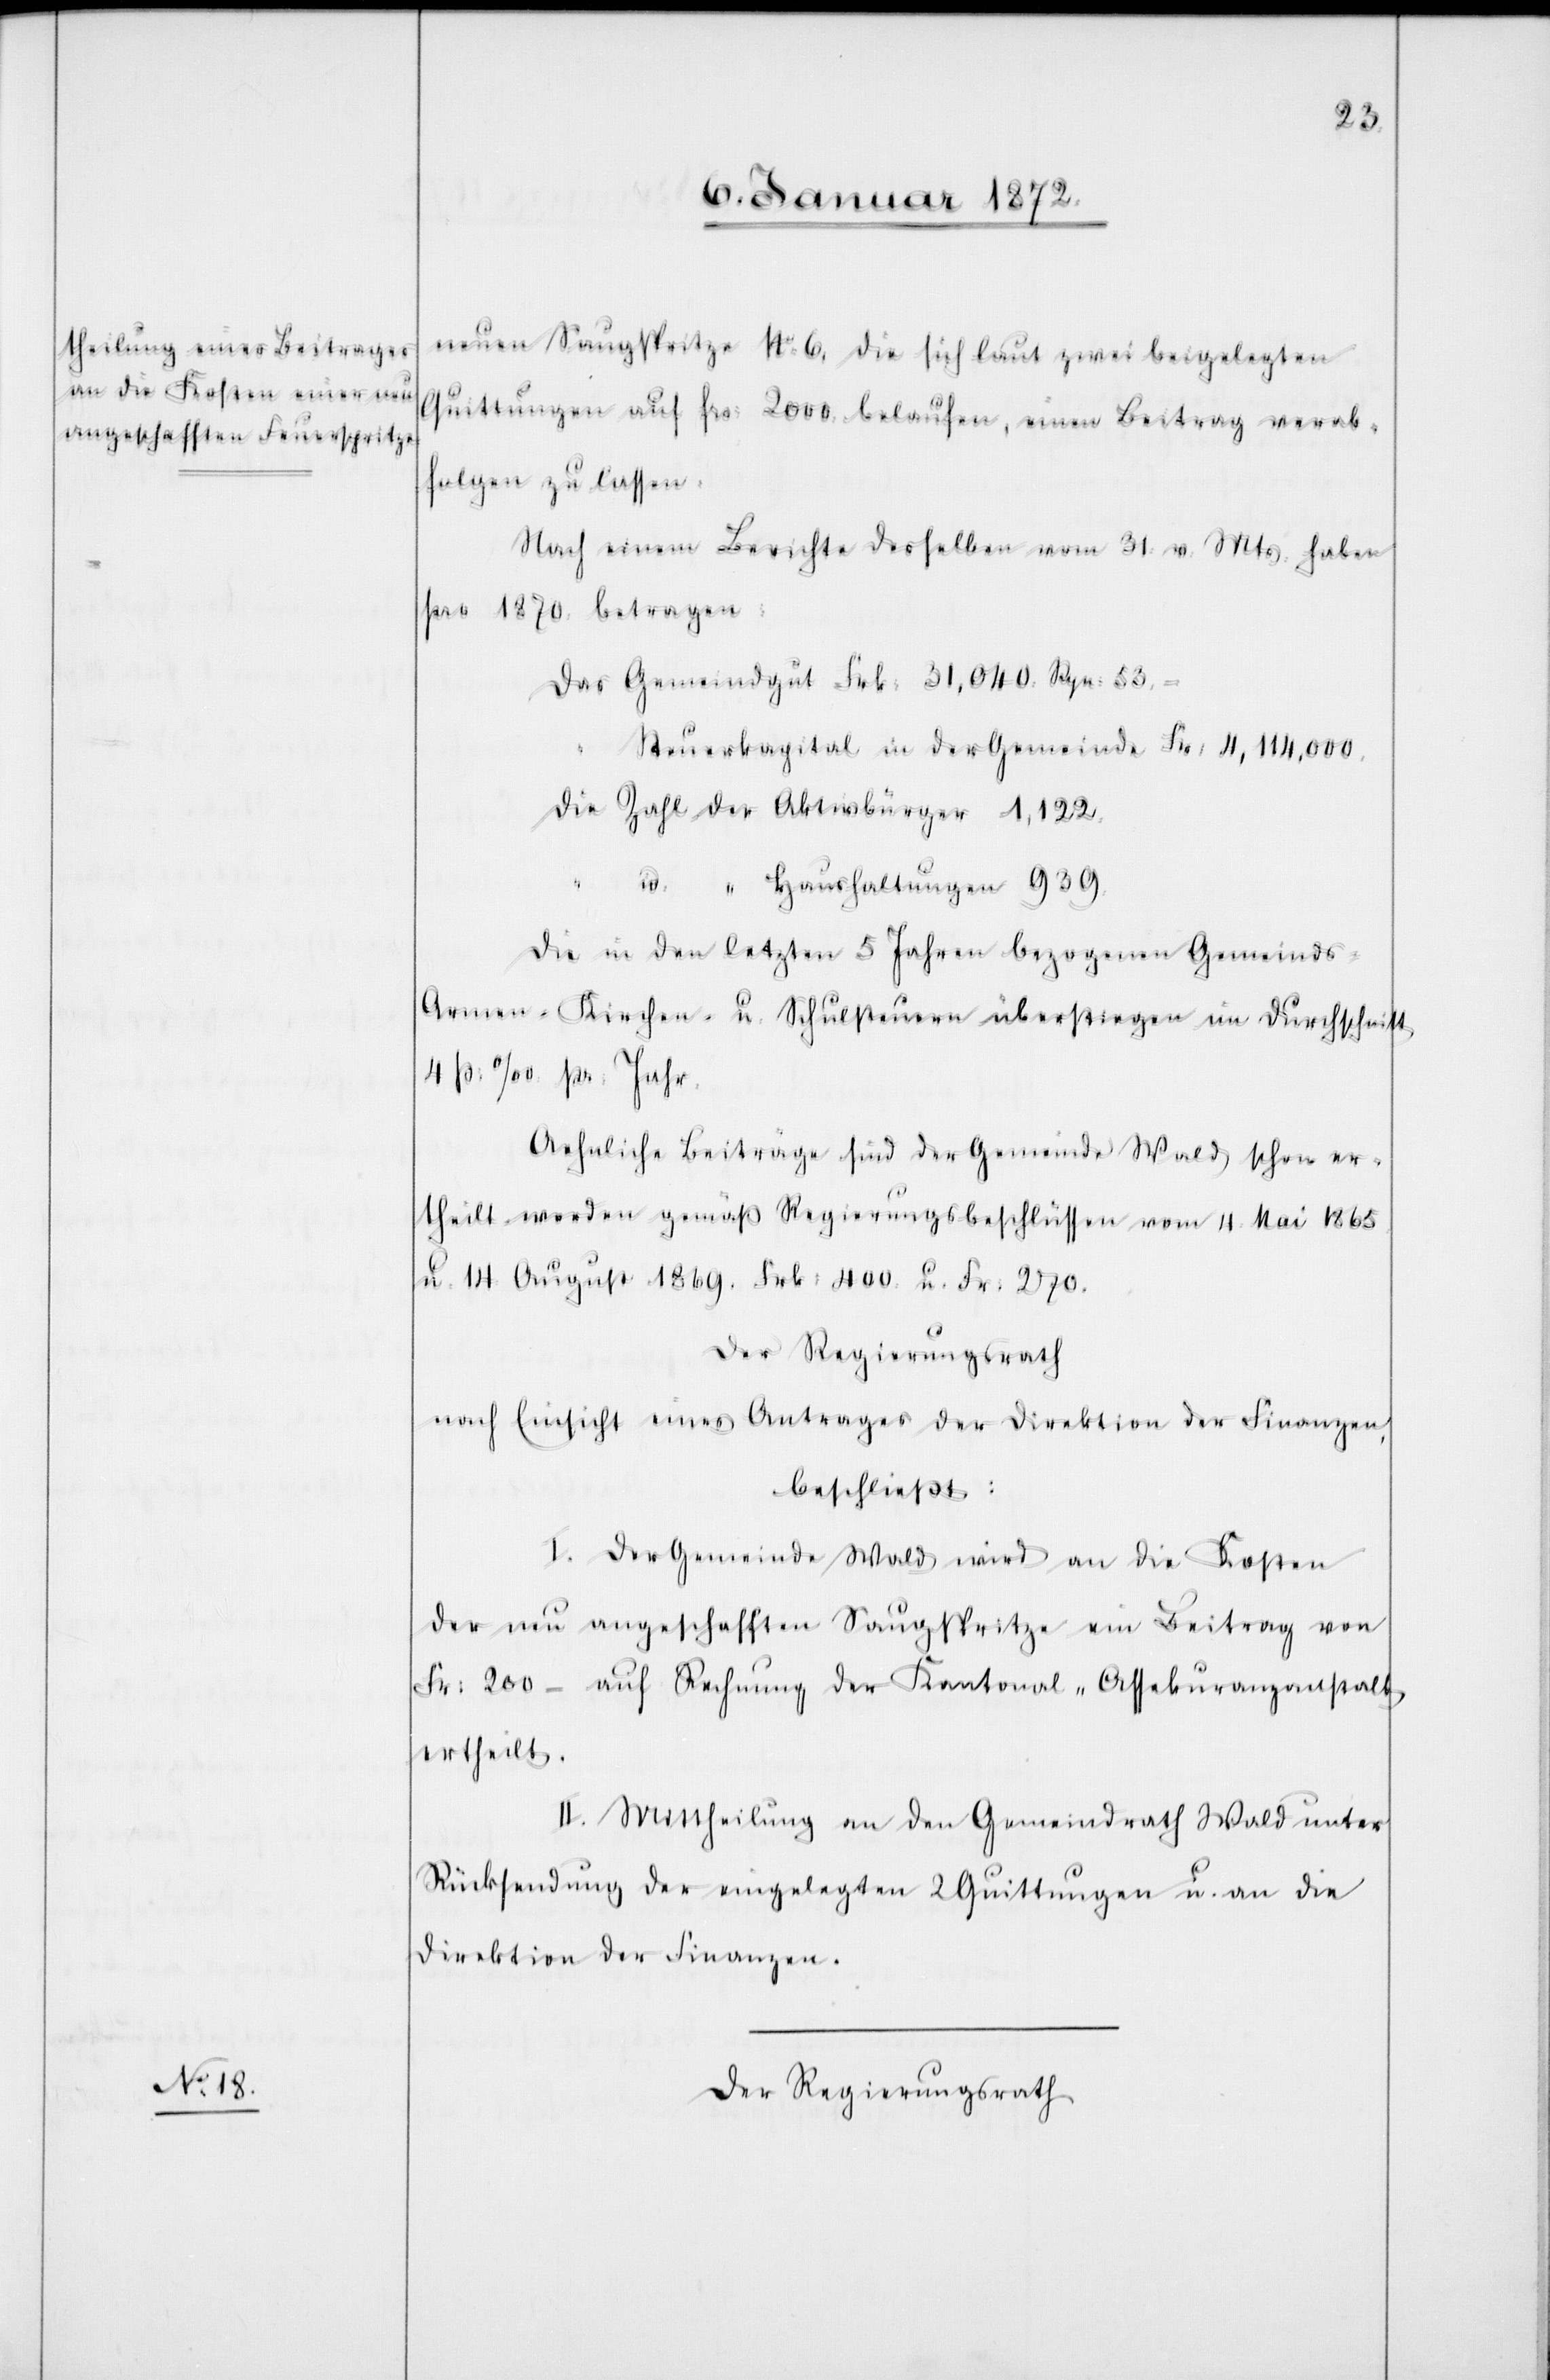
neuen Saugspritze No. 6, die sich laut zwei beigelegten
Quittungen auf frs: 2000. belaufen, einen Beitrag verab¬
folgen zu lassen.
Nach einem Berichte desselben vom 31. v. Mts. haben
pro 1870. betragen:
Das Gemeindgut Frk: 31,040. Rpn. 53.–
Steuerkapital in der Gemeinde Frs: 11,114,000.
Die Zahl der Aktivbürger 1,122.
id. " Haushaltungen 939.
Die in den letzten 5 Jahren bezogenen Gemeinds-[,]
Armen-[,] Kirchen- u. Schulsteuern überstiegen im Durchschnitt
4 p.‰ pr. Jahr.
Aehnliche Beiträge sind der Gemeinde Wald schon er¬
theilt worden gemäß Regierungsbeschlüssen vom 4. Mai 1865
u. 14. August 1869. Frk: 400. u. Fr: 270.
Der Regierungsrath
nach Einsicht eines Antrages der Direktion der Finanzen,
beschließt:
I. Der Gemeinde Wald wird an die Kosten
der neu angeschafften Saugspritze ein Beitrag von
Fr: 200 – auf Rechnung der Kantonal-Assekuranzanstalt
ertheilt.
II. Mittheilung an den Gemeindrath Wald unter
Rücksendung der eingelegten 2 Quittungen u. an die
Direktion der Finanzen.
Der Regierungsrath